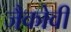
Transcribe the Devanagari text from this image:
जैकोवी